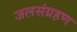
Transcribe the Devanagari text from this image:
जलसंग्रहण